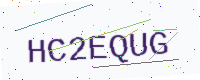
Text: HC2EQUG